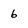
Character: 6